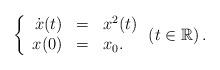
LaTeX: \begin{align*}\left\{ \begin{array}{rcl} \dot{x}(t)&=&x^{2}(t)\\x(0)&=&x_{0}. \end{array}\right.\left(t\in \mathbb{R}\right). \end{align*}